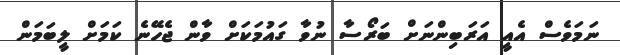
ނަމަވެސް އެއީ އަރަބިންނަށް ބަރޯސާ ނުވާ ގައުމަކަށް ވާން ޖެހޭނެ ކަމަށް ލީބަމަން